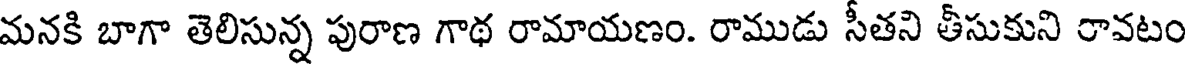
మనకి బాగా తెలిసున్న పురాణ గాథ రామాయణం. రాముడు సీతని తీసుకుని రావటం